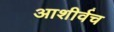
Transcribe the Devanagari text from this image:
आशीर्वच